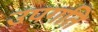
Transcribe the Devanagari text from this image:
उपगति